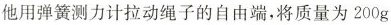
他用弹簧测力计拉动绳子的自由端，将质量为200g